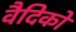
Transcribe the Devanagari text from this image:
वैदिको